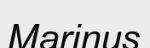
Marinus